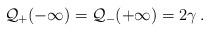
LaTeX: \begin{align*}{\cal Q}_{+}(-\infty )={\cal Q}_{-}(+\infty )=2\gamma \: .\end{align*}